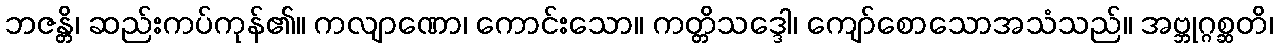
ဘဇန္တိ၊ ဆည်းကပ်ကုန်၏။ ကလျာဏော၊ ကောင်းသော။ ကတ္တိသဒ္ဒေါ၊ ကျော်စောသောအသံသည်။ အဗ္ဘုဂ္ဂစ္ဆတိ၊